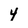
Character: 4